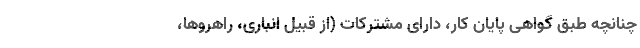
چنانچه طبق گواهی پایان کار، دارای مشترکات (از قبیل انباری، راهروها،